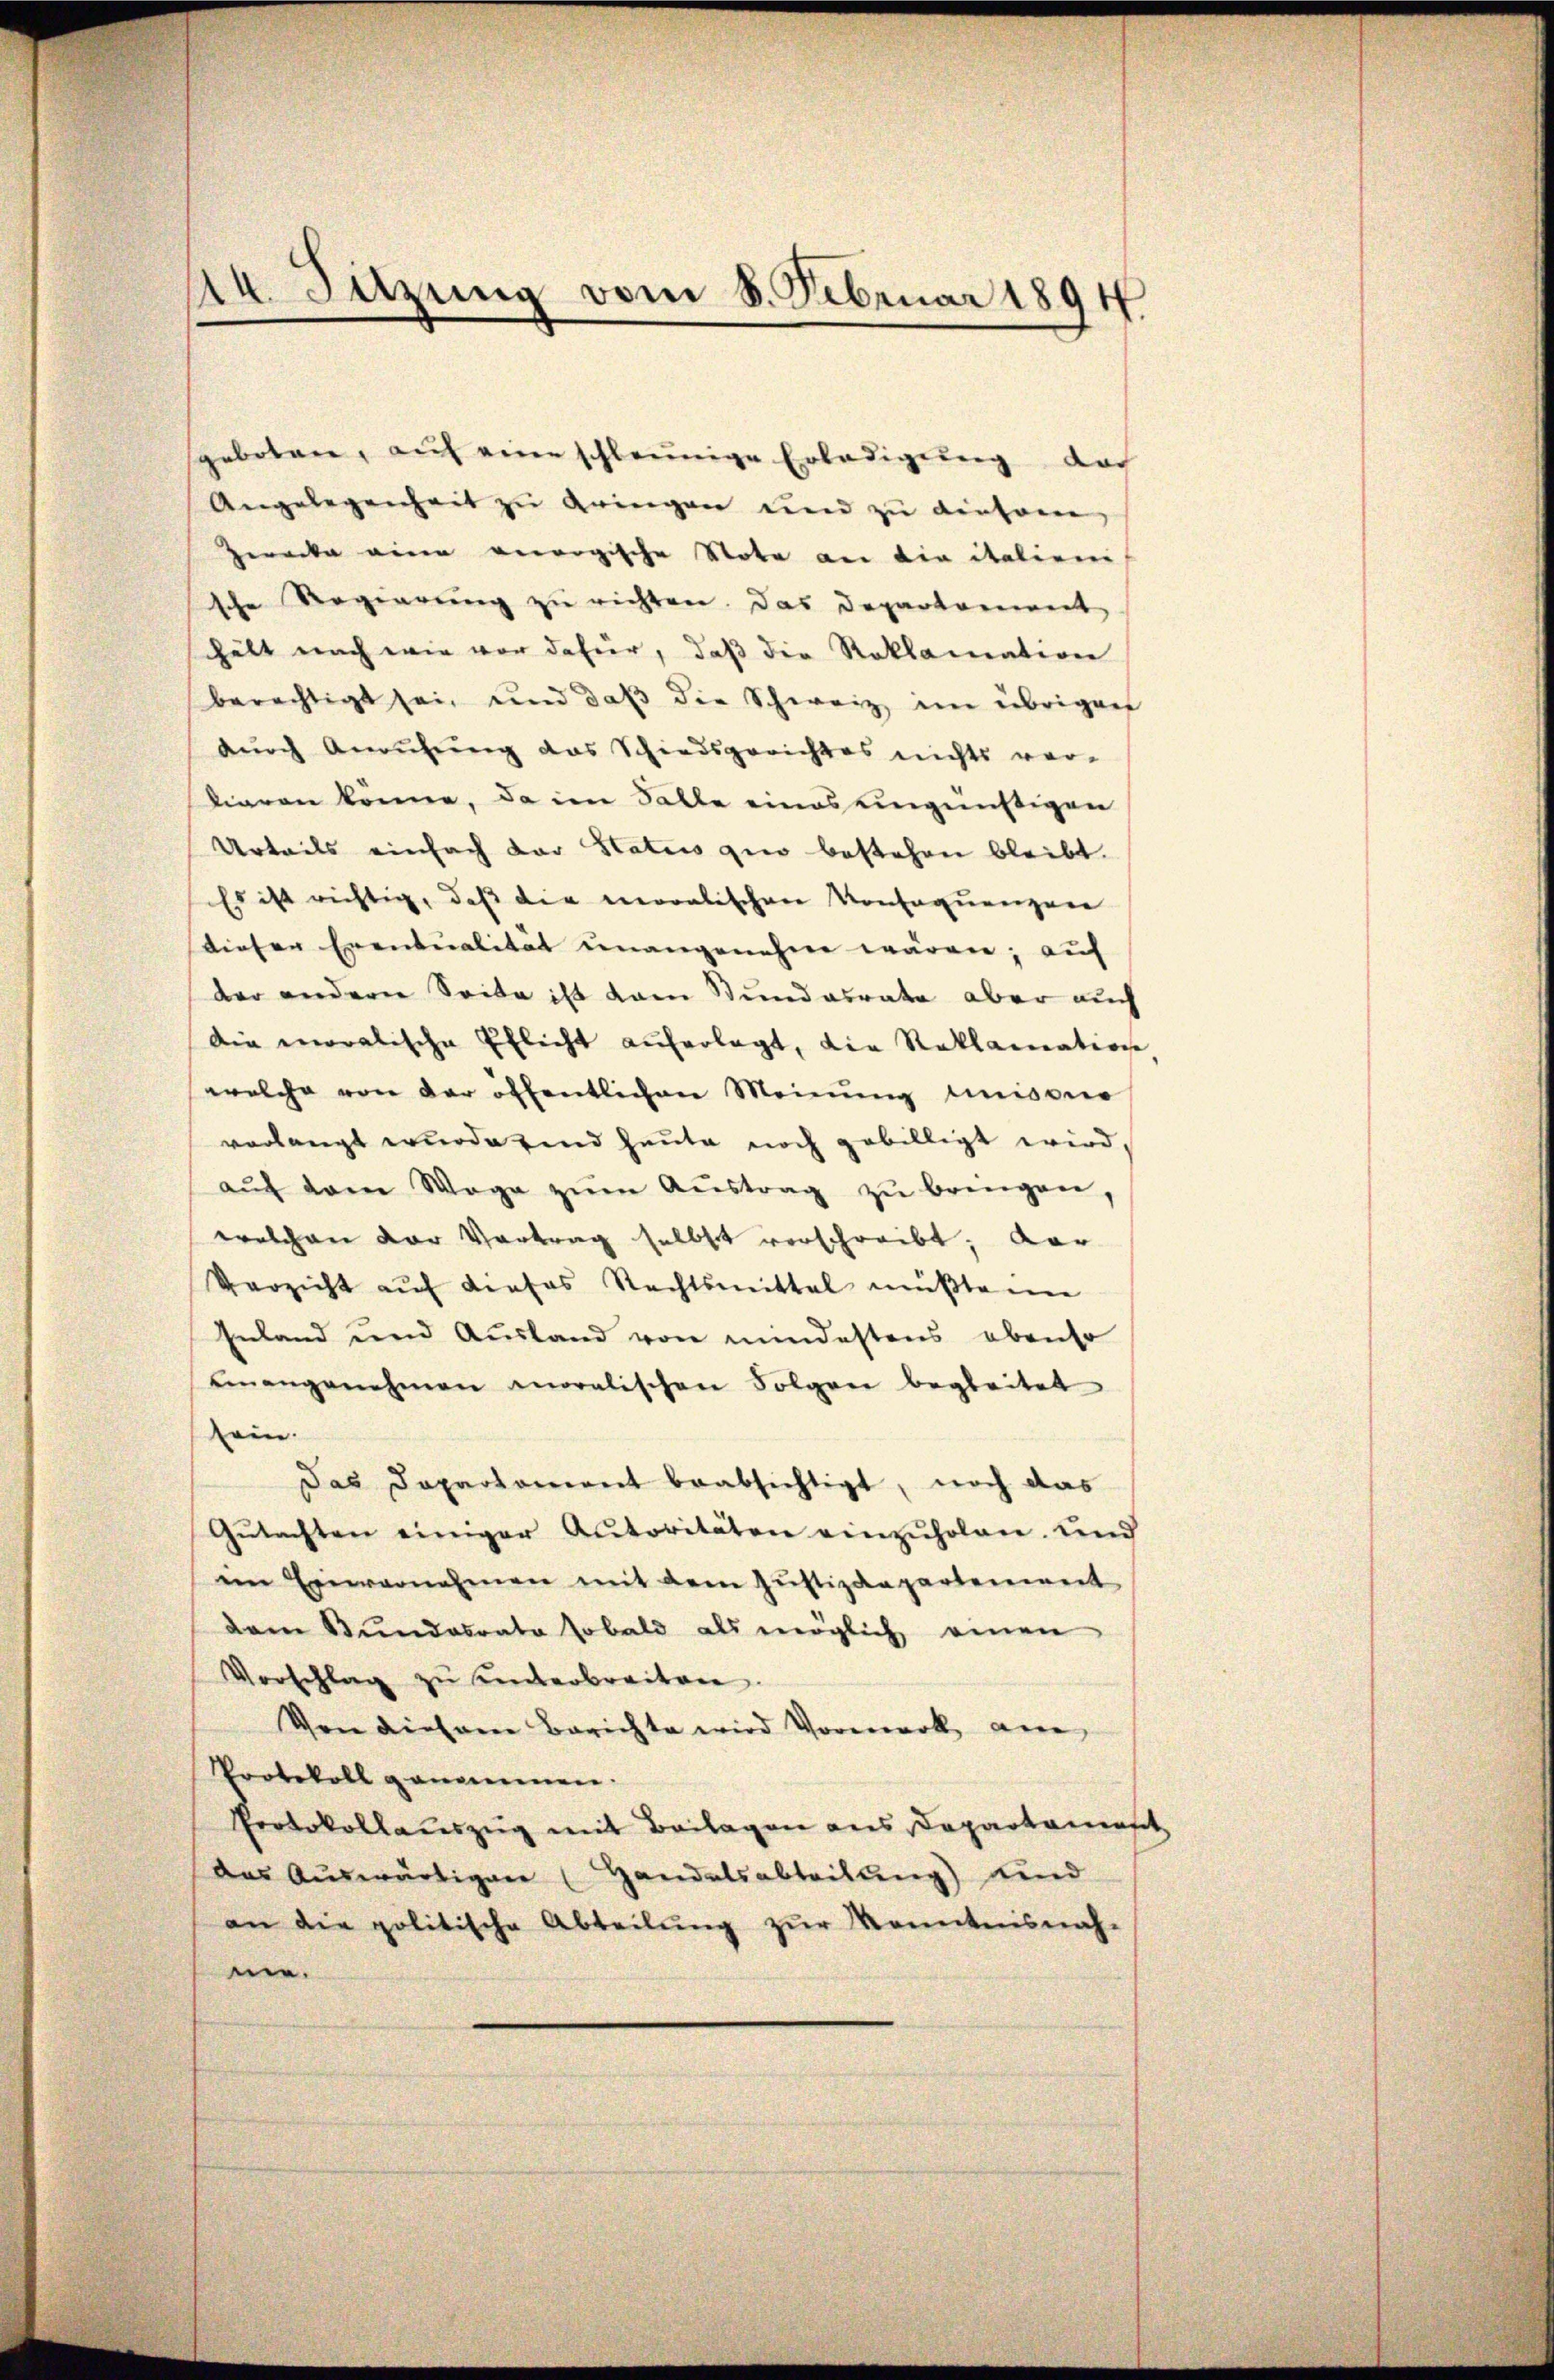
spabotare, auf eine schleunige Erledigung das
Angelegenheit zu bringen und zu dieser
Zwecke eine vergische Note an die italien
sche Regierung zu richten. Das Departement
hält nach wie vor dafür, daß die Reklamation
berechtigt sei, und daβ die Schweiz im übrigen
dŭrch Anrufung das Schiedsgerichtes nichts ver-
liaren könne, da im Salle eines eingünstigen
Urteils einfach das Status gio bestehen bleibt.
Es ist richtig, daß die moralischen Konsequenzen
dieser Eventualität unangenehm wären; auf |
der andern Seite ist vom Stundesrate aber auch
die moralische Pflicht auferlegt, die Reklamation
welche von der öffentlichen Meinung unisono
verlangt wurde sind heute noch gebilligt wird,
aŭch dem Wege zŭm Aŭstrag zŭ bringen,
welchen der Vortrag selbst verschreibt; Aar
Verzicht auf dieses Rechtsmittal müßte nie
Inland und Ausland von mindestens ebenso
eiangenehmen moralischen Folgen begleitet
sein.
Das Dapartement beabsichtigt, noch das
Gŭtachten einiger Autoritäten einzuholen, und
im Einvernehmen mit dem Justizdepartement
dem Bundesrata sobald als möglich einen
Vorschlag zŭ einterbreiten.
Von diesem Berichte wird Vormerk am
Protokoll genommen.
Protokollauszug mit Beilagen aus Departamast
das Aŭswärtigen (Handelsabteilung) und
an die politische Abteilŭng zŭr Kenntnisnah-
me.

14. Sitzung vom 8. Februar 1894